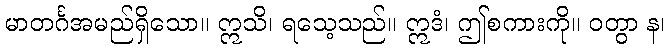
မာတင်္ဂအမည်ရှိသော။ ဣသိ၊ ရသေ့သည်။ ဣဒံ၊ ဤစကားကို။ ဝတွာ န၊